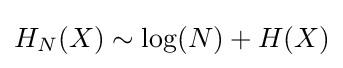
H_{N}(X)\sim \log(N)+H(X)